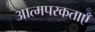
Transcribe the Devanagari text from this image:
आत्मपरकताएँ